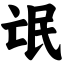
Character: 氓